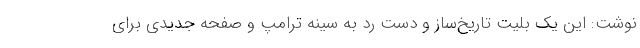
نوشت: این یک بلیت تاریخ‌ساز و دست رد به سینه ترامپ و صفحه جدیدی برای